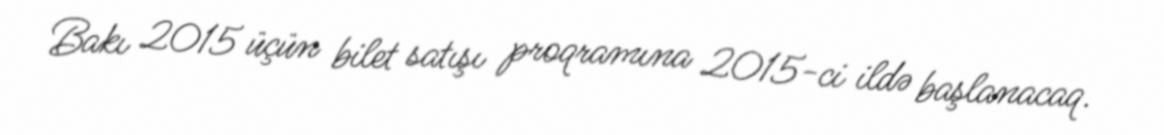
Bakı 2015 üçün bilet satışı proqramına 2015-ci ildə başlanacaq.